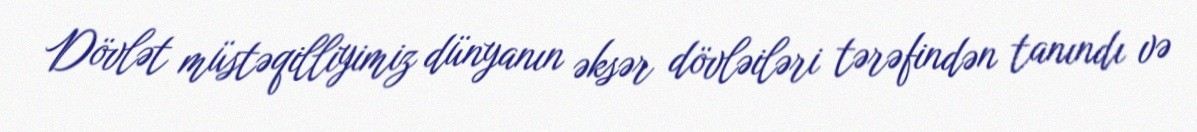
Dövlət müstəqilliyimiz dünyanın əksər dövləiləri tərəfindən tanındı və